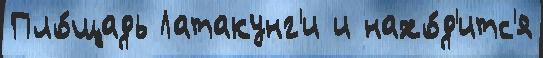
Пло́щадь Латакунг'и и нахо́д'итс'я